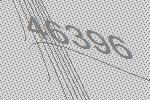
46396